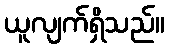
ယူလျက်ရှိသည်။